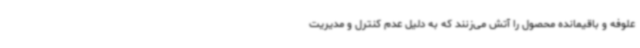
علوفه و باقیمانده محصول را آتش می‌زنند که به دلیل عدم کنترل و مدیریت